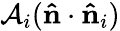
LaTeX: \mathcal{A}_{i}(\mathbf{\hat{n}}\cdot\mathbf{\hat{n}}_{i})